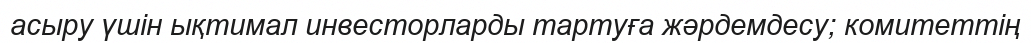
асыру үшін ықтимал инвесторларды тартуға жәрдемдесу; комитеттің